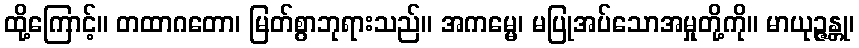
ထို့ကြောင့်။ တထာဂတော၊ မြတ်စွာဘုရားသည်။ အကမ္မေ၊ မပြုအပ်သောအမှုတို့ကို။ မာယုဉ္ဇန္တု၊